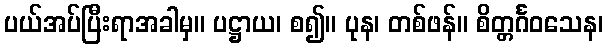
ပယ်အပ်ပြီးရာအခါမှ။ ပဋ္ဌာယ၊ စ၍။ ပုန၊ တစ်ဖန်။ စိတ္တင်္ဂဝသေန၊